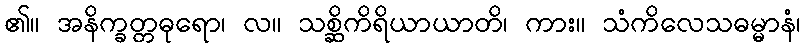
၏။ အနိက္ခတ္တဓုရော၊ လ။ သစ္ဆိကိရိယာယာတိ၊ ကား။ သံကိလေသဓမ္မာနံ၊